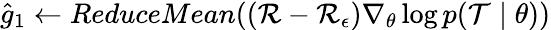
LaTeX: \hat{g}_{1}\leftarrow ReduceMean((\mathcal{R}-\mathcal{R}_{\epsilon})\nabla_{\theta}\log p(\mathcal{T}\mid\theta))